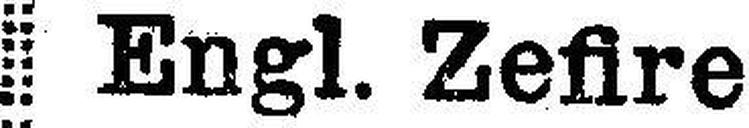
Engl. Zefire